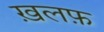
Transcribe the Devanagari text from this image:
ख़लफ़